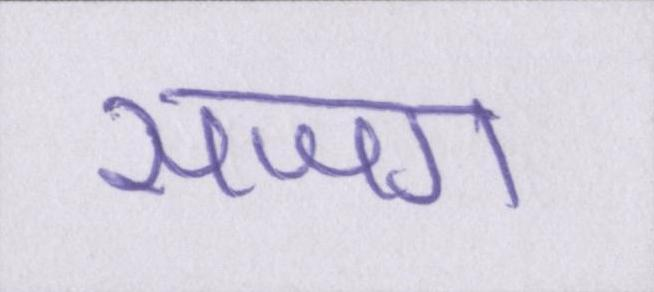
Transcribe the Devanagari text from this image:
सजग